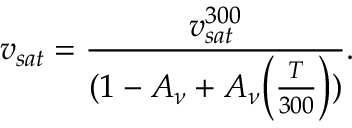
{ v _ { s a t } } = \frac { v _ { s a t } ^ { 3 0 0 } } { ( 1 - A _ { \nu } + A _ { \nu } { \left( \frac { T } { 3 0 0 } \right) ) } } .